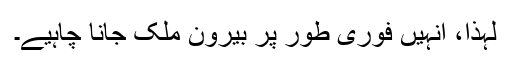
لہٰذا، انہیں فوری طور پر بیرون ملک جانا چاہیے۔